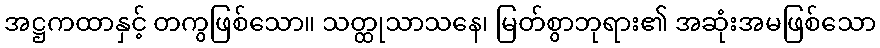
အဋ္ဌကထာနှင့် တကွဖြစ်သော။ သတ္ထုသာသနေ၊ မြတ်စွာဘုရား၏ အဆုံးအမဖြစ်သော